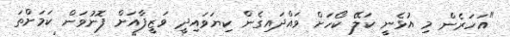
"އަހަރެން މި އުޅެނީ ކަލޭ ކޯހަށް ވައްދައިގެން ކިޔަވައިދީ ވަޒީފާއަށް ފޮނުވަން ކަމަށްތަ